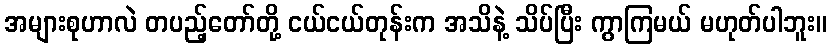
အများစုဟာလဲ တပည့်တော်တို့ ငယ်ငယ်တုန်းက အသိနဲ့ သိပ်ပြီး ကွာကြမယ် မဟုတ်ပါဘူး။